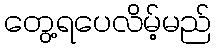
တွေ့ရပေလိမ့်မည်